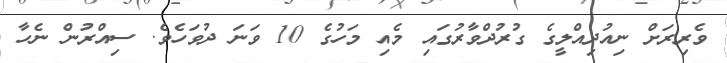
ވެރިރަށް ނިއުދިއްލީގެ ގުރުދްވާރުގައި މެއި މަހުގެ 10 ވަނަ ދުވަހެވެ. ސިއްރުން ނެހާ